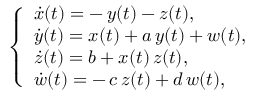
\left\{ \begin{array} { l } { \dot { x } ( t ) = - \, y ( t ) - z ( t ) , } \\ { \dot { y } ( t ) = x ( t ) + a \, y ( t ) + w ( t ) , } \\ { \dot { z } ( t ) = b + x ( t ) \, z ( t ) , } \\ { \dot { w } ( t ) = - \, c \, z ( t ) + d \, w ( t ) , } \end{array} \right.